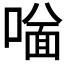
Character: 𠼟